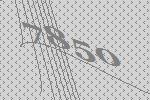
7850